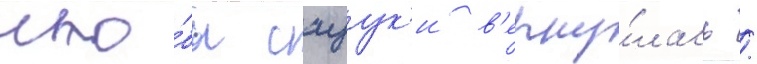
что́бы сацук'и в'ерну́лась /